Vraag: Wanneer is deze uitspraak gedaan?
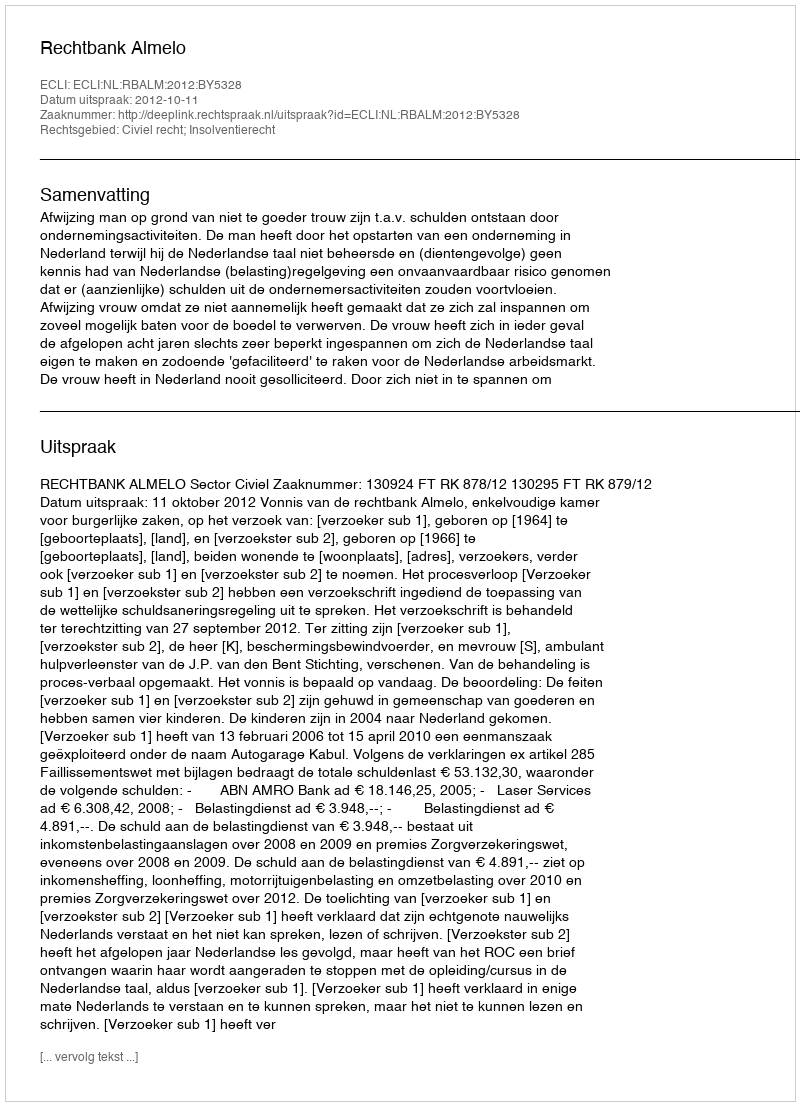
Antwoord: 2012-10-11